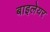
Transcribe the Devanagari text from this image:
बाइलेयर